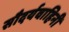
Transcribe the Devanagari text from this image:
सौदर्यवाहिनी